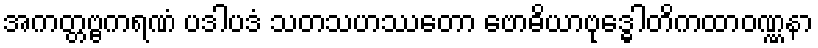
အကတ္တဗ္ဗကရဏံ ပဒါပဒံ သတသဟဿတော ဗောဓိယာဗုဒ္ဓေါတိကထာဝဏ္ဏနာ